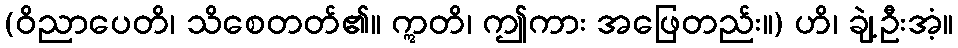
(ဝိညာပေတိ၊ သိစေတတ်၏။ ဣတိ၊ ဤကား အဖြေတည်း။) ဟိ၊ ချဲ့ဦးအံ့။